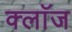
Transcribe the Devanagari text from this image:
क्लाॅज